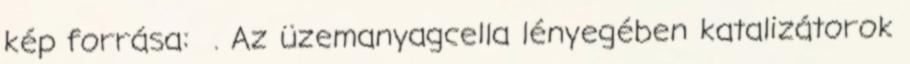
kép forrása: . Az üzemanyagcella lényegében katalizátorok